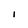
Character: I